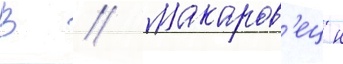
В // Макаров'ец н